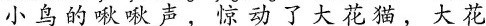
小鸟的啾啾声，惊动了大花猫，大花